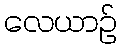
လေယာဉ်